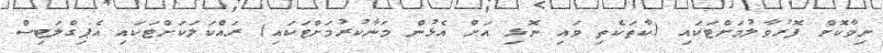
ނިވާކޮށް ފޮރުވާލުމަށްޓަކައި (ކާތަކެތި ވައި ނޮޅި އަށް އެޅުން މަނާކުރުމަށްޓަކައި) ރައްކަލަކަށްޓަކައި އެޕިގްލަޓިސް